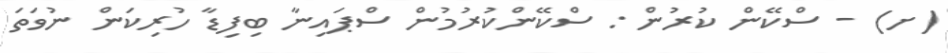
(ށ) - ސްކޭން ކުރުން : ސްކޭންކުރުމުން ސްޕައިނާ ބިފިޑާ ހުރިކަން ނުވަތަ